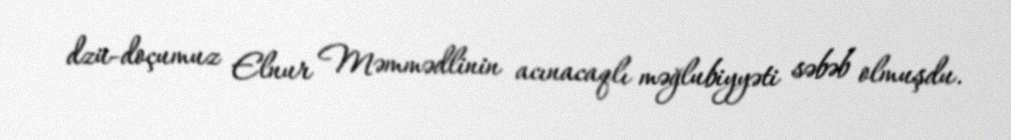
dzü-doçumuz Elnur Məmmədlinin acınacaqlı məğlubiyyəti səbəb olmuşdu.